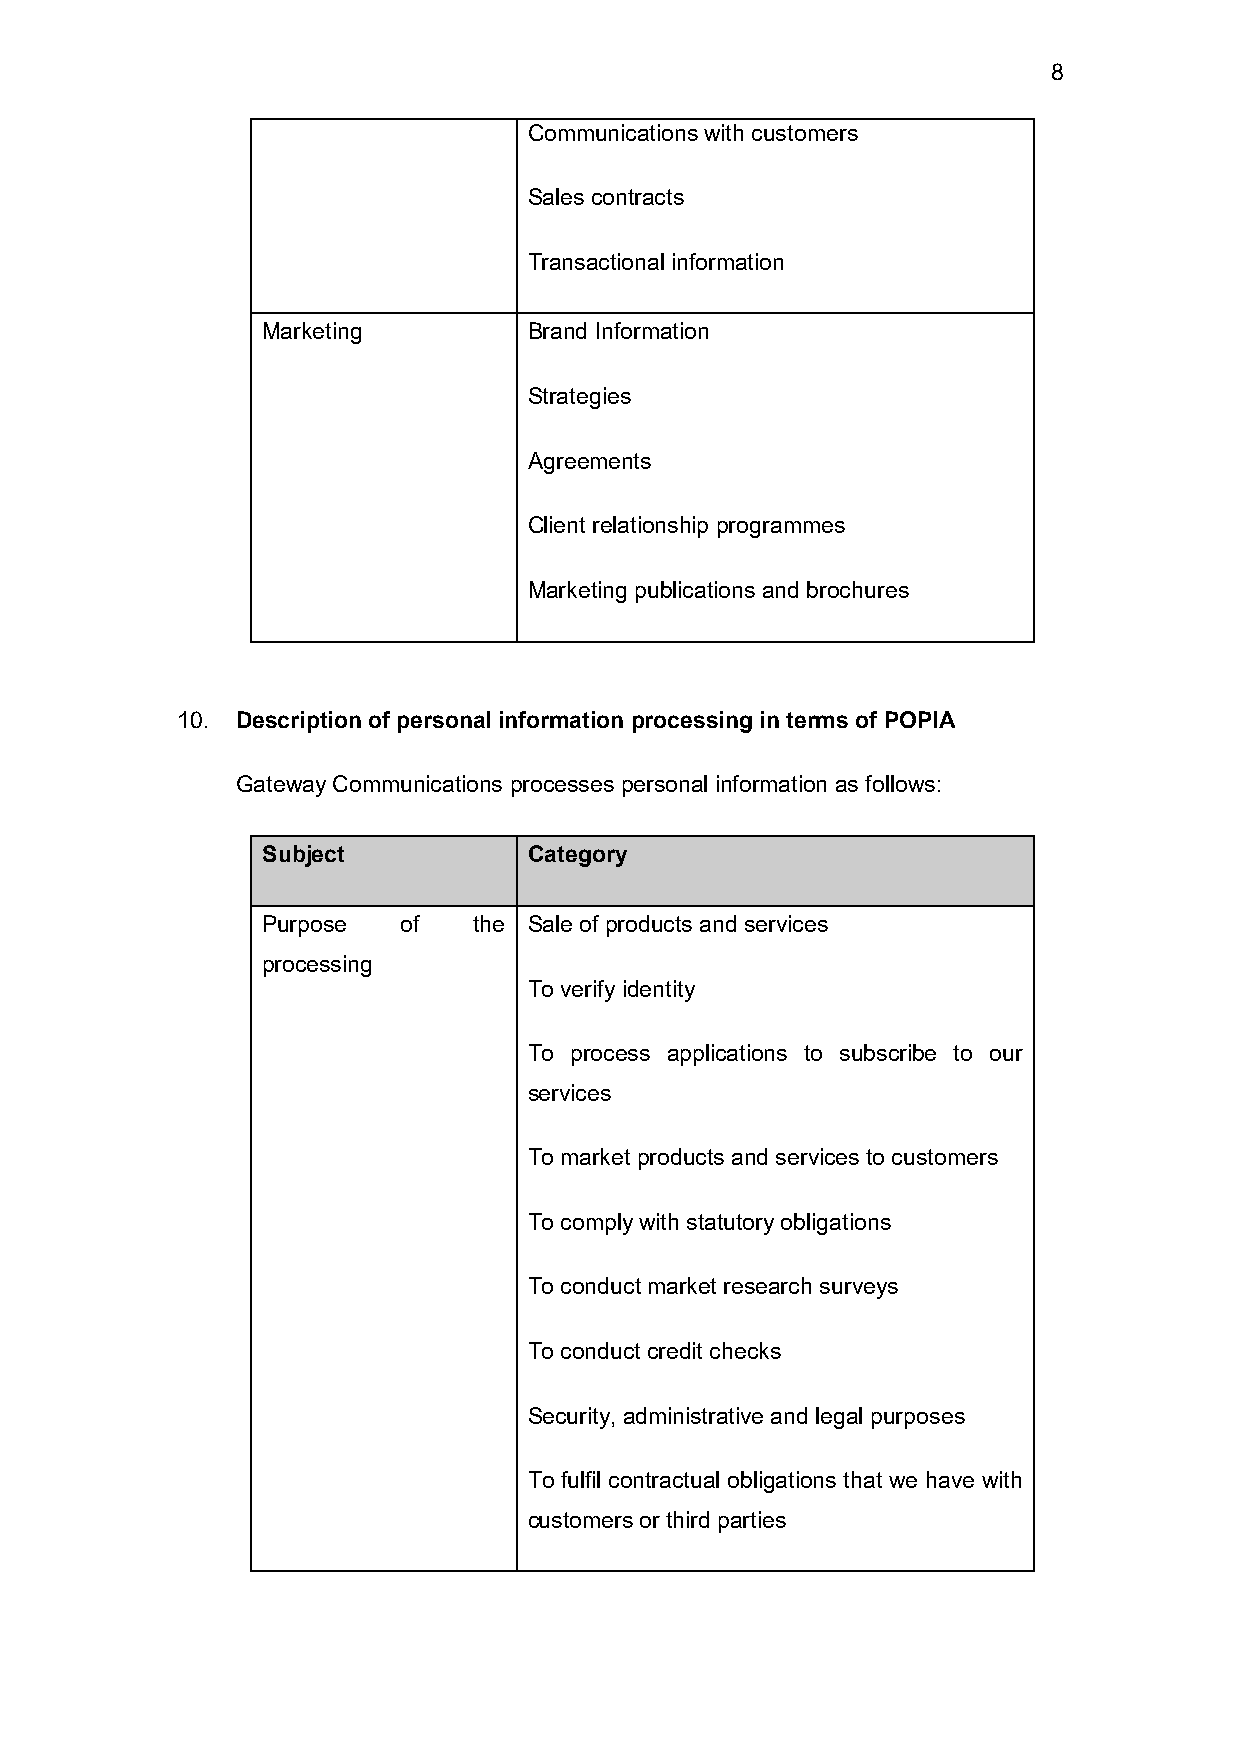
8
 Communications with customers
 Sales contracts
 Transactional information
 Marketing         Brand Information
 Strategies
 Agreements
 Client relationship programmes
 Marketing publications and brochures
 10. Description of personal information processing in terms of POPIA
 Gateway Communications processes personal information as follows:
 Subject           Category
 Purpose   of  the Sale of products and services
 processing
 To verify identity
 To process applications to subscribe to our
 services
 To market products and services to customers
 To comply with statutory obligations
 To conduct market research surveys
 To conduct credit checks
 Security, administrative and legal purposes
 To fulfil contractual obligations that we have with
 customers or third parties